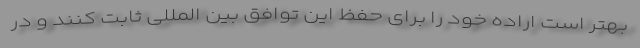
بهتر است اراده خود را برای حفظ این توافق بین المللی ثابت کنند و در